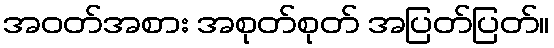
အဝတ်အစား အစုတ်စုတ် အပြတ်ပြတ်။